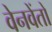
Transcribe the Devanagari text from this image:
वेनवेंतो